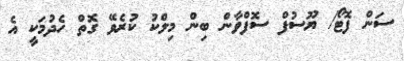
ސަން ފޮޓޯ/ ޔޫސުފް ސޮފްވާން ބިން މިލްކު ކުރެވޭ ގޮތް ހެދުމަކީ އެ